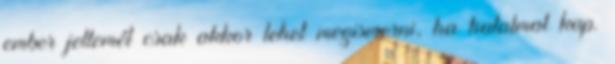
ember jellemét csak akkor lehet megismerni, ha hatalmat kap.